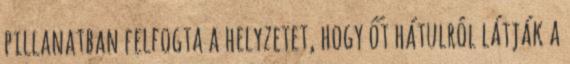
pillanatban felfogta a helyzetet, hogy őt hátulról látják a